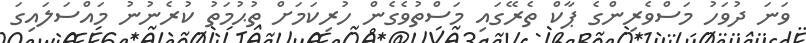
ވަނަ ދުވަހު މަސްވެރިންގެ ޕާކް ތެރޭގައި މަސްތުވެގެން ހުރިކަމަށް ތުޙުމަތު ކުރެނުނު މައްސަލައިގަ